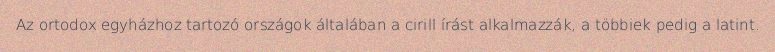
Az ortodox egyházhoz tartozó országok általában a cirill írást alkalmazzák, a többiek pedig a latint.